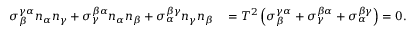
\begin{array} { r l } { \sigma _ { \beta } ^ { \gamma \alpha } n _ { \alpha } n _ { \gamma } + \sigma _ { \gamma } ^ { \beta \alpha } n _ { \alpha } n _ { \beta } + \sigma _ { \alpha } ^ { \beta \gamma } n _ { \gamma } n _ { \beta } } & { { } = T ^ { 2 } \left( \sigma _ { \beta } ^ { \gamma \alpha } + \sigma _ { \gamma } ^ { \beta \alpha } + \sigma _ { \alpha } ^ { \beta \gamma } \right) = 0 . } \end{array}